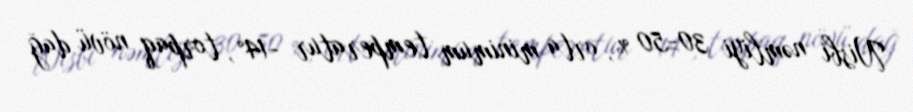
Nisbi nəmliyi 30-50 %, orta minimum temperatur -14°, torpaq növü dağ